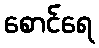
စောင်ရေ